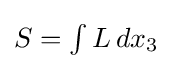
{\textstyle S=\int L\,dx_{3}}